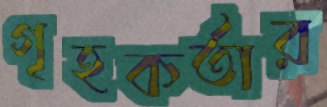
গৃহকর্তার